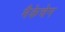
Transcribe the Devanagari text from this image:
मैकेचेन